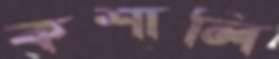
কশালি